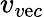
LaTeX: v_{v\mathrm{e}c}